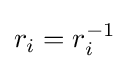
r_{i}=r_{i}^{-1}